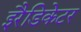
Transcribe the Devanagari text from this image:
इरैडिकेटर